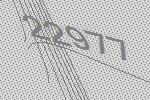
22977